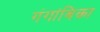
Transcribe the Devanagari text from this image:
गंगांबिका